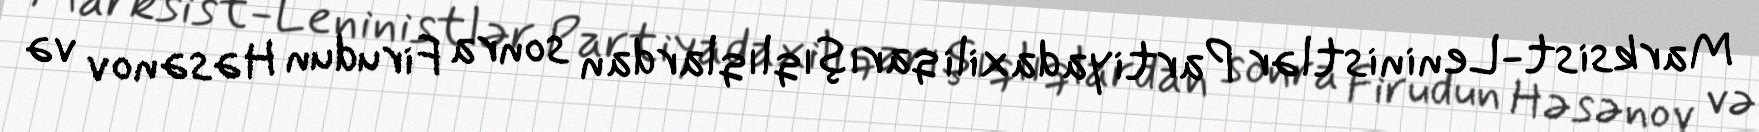
Marksist-Leninistlər Partiyadaxili qarışıqlıqlardan sonra Firudun Həsənov və